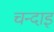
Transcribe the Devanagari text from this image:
चन्दाइ